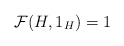
\begin{align*}\mathcal{F}(H,1_H)=1\end{align*}